Vaccination report Assam 1874-1896 - 1874-1896
Year: 1874
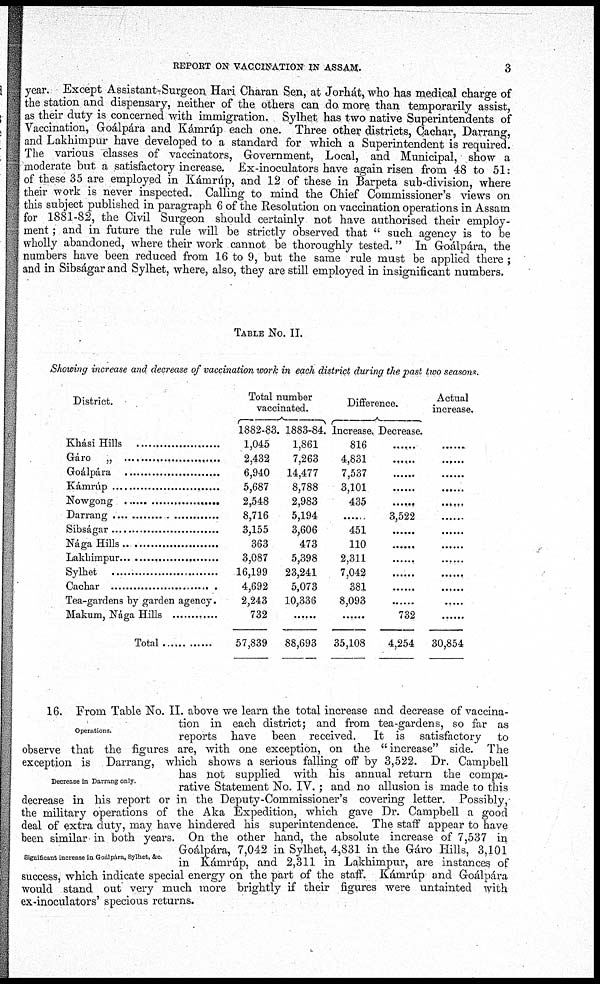
REPORT ON VACCINATION IN ASSAM.
3
year. Except Assistant-Surgeon Hari Charan Sen, at Jorhát, who has medical charge of
the station and dispensary, neither of the others can do more than temporarily assist,
as their duty is concerned with immigration. Sylhet has two native Superintendents of
Vaccination, Goálpára and Kámrúp each one. Three other districts, Cachar, Darrang,
and Lakhimpur have developed to a standard for which a Superintendent is required.
The various classes of vaccinators, Government, Local, and Municipal, show a
moderate but a satisfactory increase. Ex-inoculators have again risen from 48 to 51:
of these 35 are employed in Kámrúp, and 12 of these in Barpeta sub-division, where
their work is never inspected. Calling to mind the Chief Commissioner's views on
this subject published in paragraph 6 of the Resolution on vaccination operations in Assam
for 1881-82, the Civil Surgeon should certainly not have authorised their employ-
ment ; and in future the rule will be strictly observed that " such agency is to be
wholly abandoned, where their work cannot be thoroughly tested." In Goálpára, the
numbers have been reduced from 16 to 9, but the same rule must be applied there ;
and in Sibságar and Sylhet, where, also, they are still employed in insignificant numbers.
TABLE No. II.
Showing increase and decrease of vaccination work in each district during the past two seasons.
District.
Khási Hills .....................
Gáro „ ............................
Goálpára ........................
Kámrúp ...............................
Nowgong ......................
Darrang .............................
Sibságar ..............................
Nága Hills ..........................
Lakhimpur .......................
Sylhet
Cachar .........................
Tea-gardens by garden agency.
Makum, Nága Hills .............
Total ............
Total number
vaccinated.
1882-83.
1,045
2,432
6,940
5,687
2,548
8,716
3,155
363
3,087
16,199
4,692
2,243
732
57,839
1883-84.
1,861
7,263
14,477
8,788
2,983
5,194
3,606
473
5,398
23,241
5,073
10,336
......
88,693
Difference.
Increase.
816
4,831
7,537
3,101
435
......
451
110
2,311
7,042
381
8,093
......
35,108
Decrease.
......
......
......
......
......
3,522
......
......
......
......
......
......
732
4,254
Actual
increase.
......
......
......
......
......
......
......
......
......
......
......
......
......
30,854
Operations.
Decrease in Darrang only.
Significant increase in Goálpára, Sylhet, &c.
16. From Table No. II. above we learn the total increase and decrease of vaccina-
tion in each district; and from tea-gardens, so far as
reports have been received. It is satisfactory to
observe that the figures are, with one exception, on the "increase" side. The
exception is Darrang, which shows a serious falling off by 3,522. Dr. Campbell
has not supplied with his annual return the compa-
rative Statement No. IV. ; and no allusion is made to this
decrease in his report or in the Deputy-Commissioner's covering letter. Possibly,
the military operations of the Aka Expedition, which gave Dr. Campbell a good
deal of extra duty, may have hindered his superintendence. The staff appear to have
been similar in both years. On the other hand, the absolute increase of 7,537 in
Goálpára, 7,042 in Sylhet, 4,831 in the Gáro Hills, 3,101
in Kámrúp, and 2,311 in Lakhimpur, are instances of
success, which indicate special energy on the part of the staff. Kámrúp and Goálpára
would stand out very much more brightly if their figures were untainted with
ex-inoculators' specious returns.